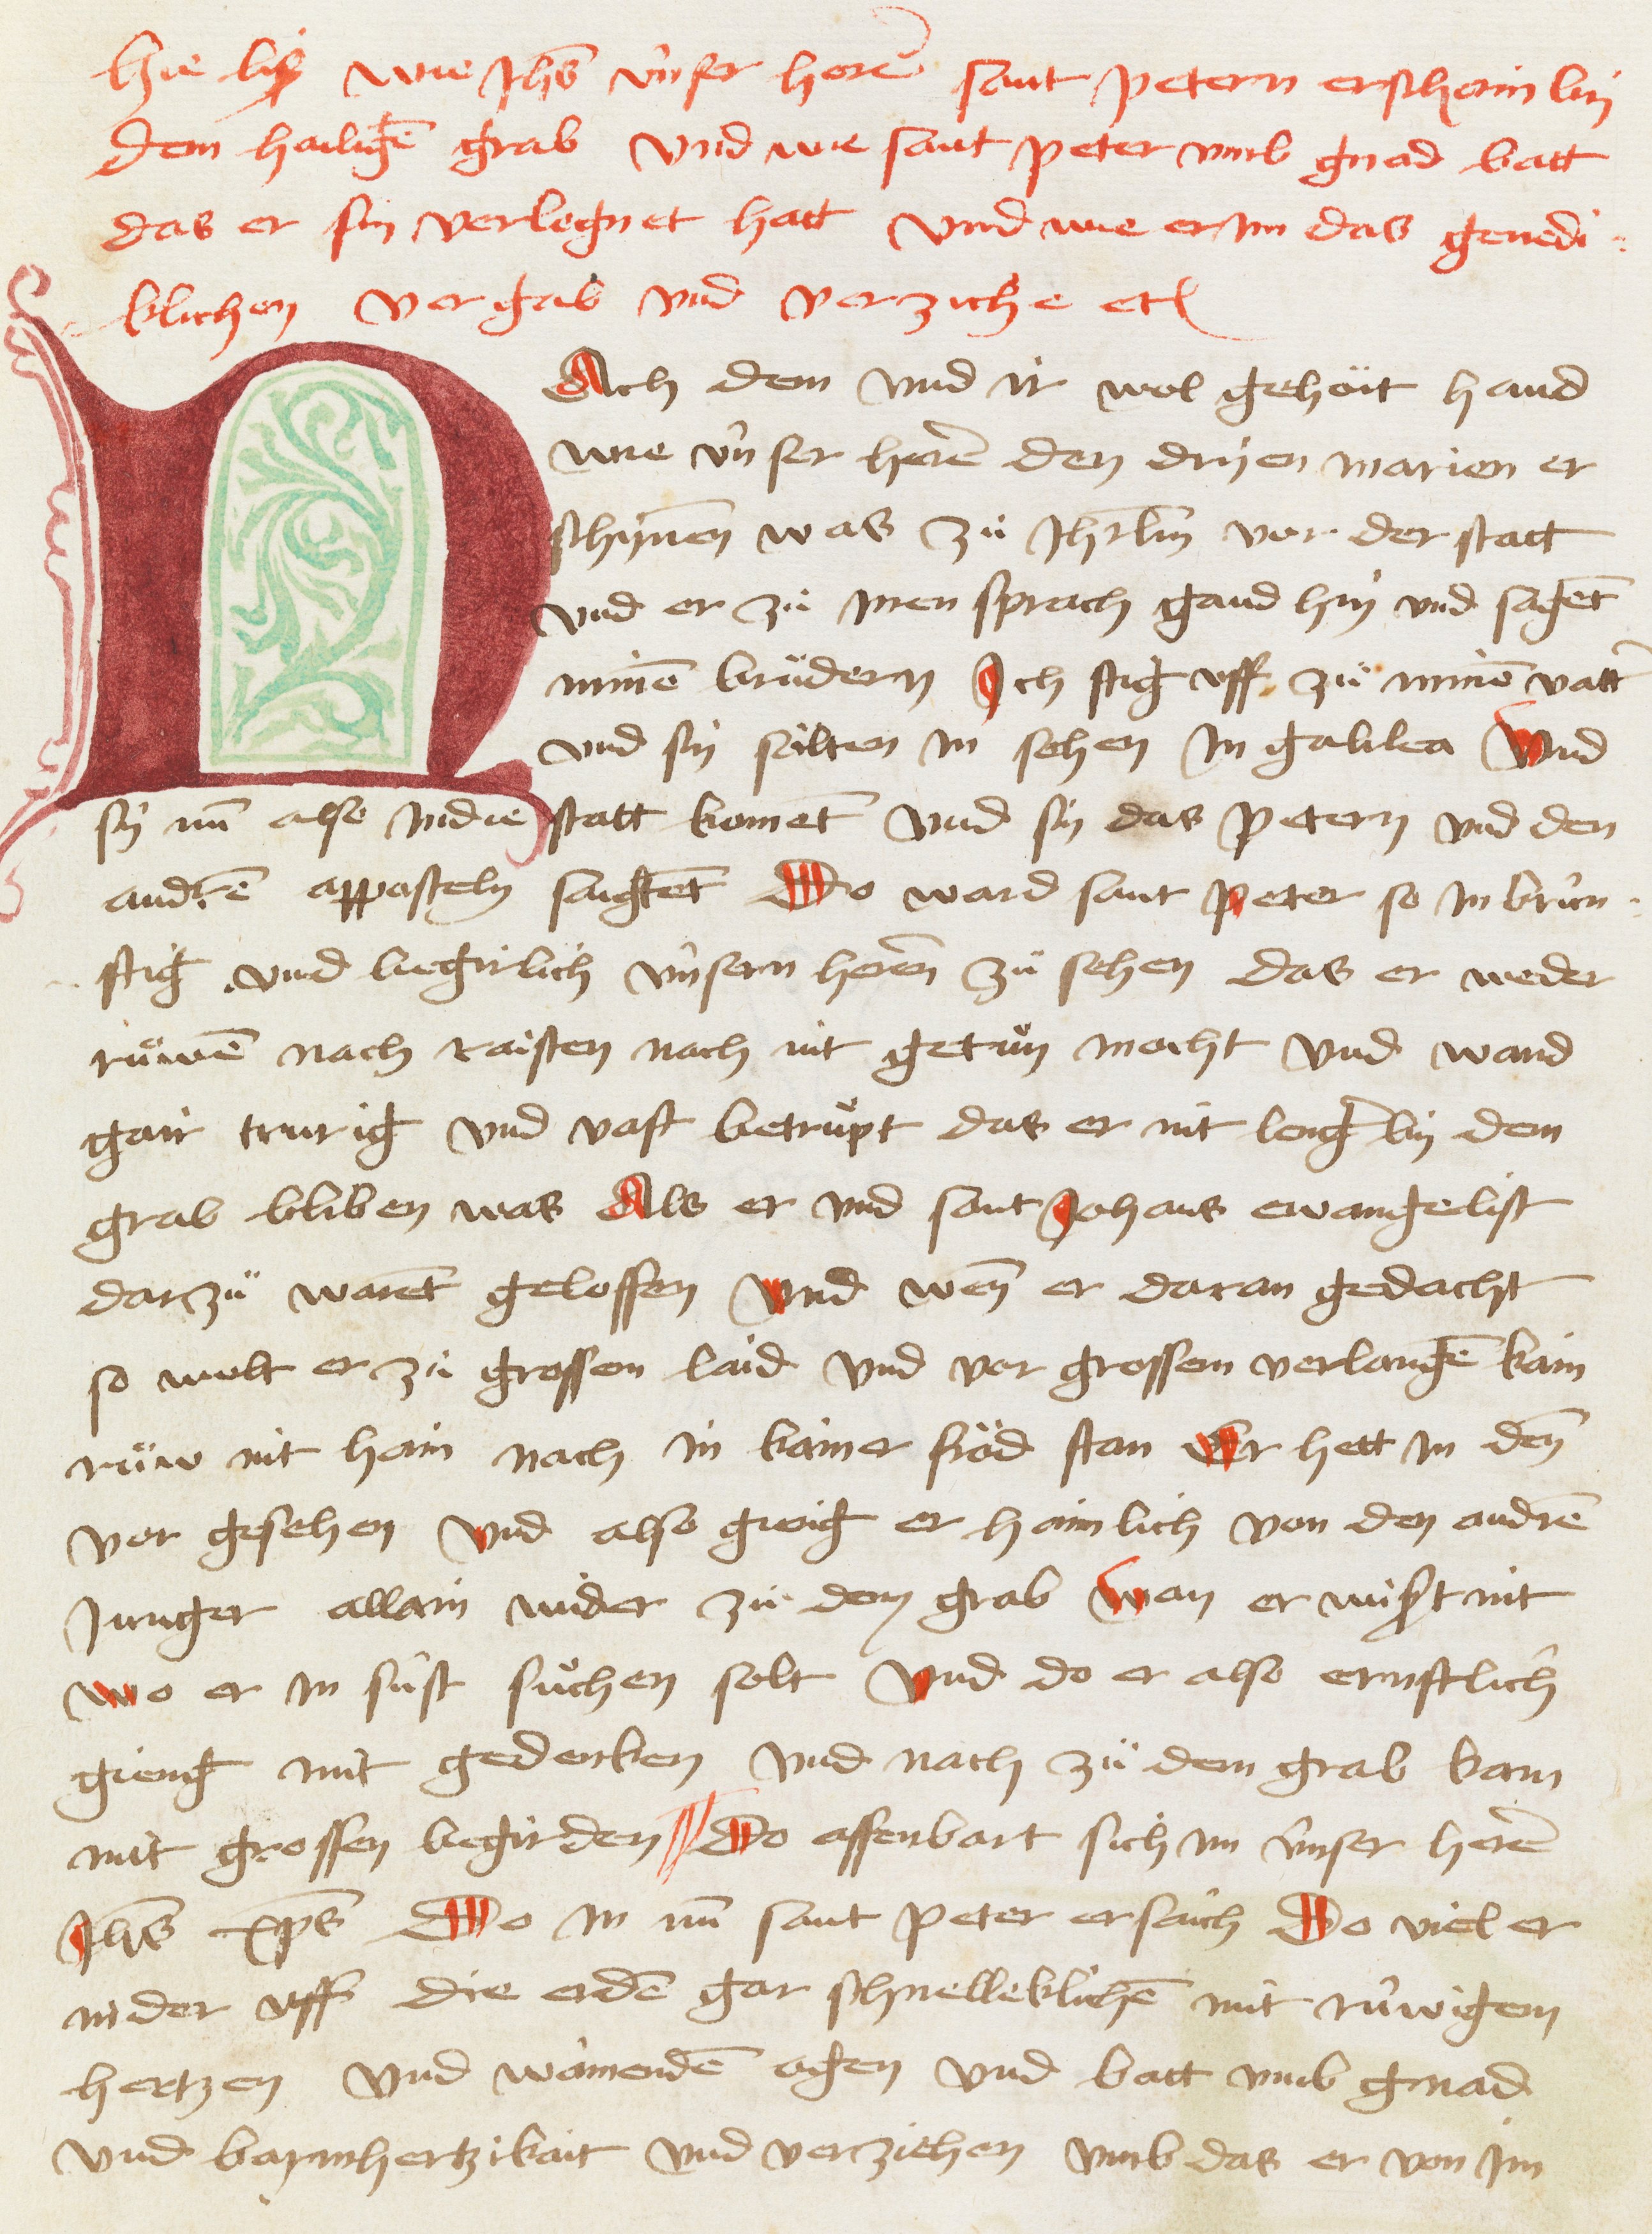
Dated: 1467–1467